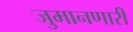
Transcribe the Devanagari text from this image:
जुमानणारी